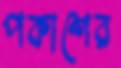
পকাশের